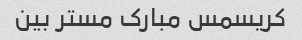
کریسمس مبارک مستر بین